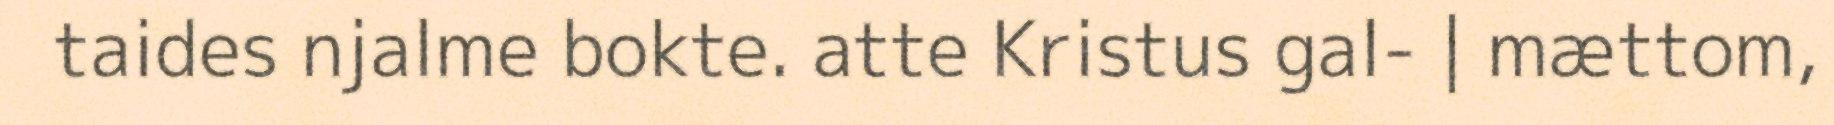
taides njalme bokte. atte Kristus gal- | mættom,